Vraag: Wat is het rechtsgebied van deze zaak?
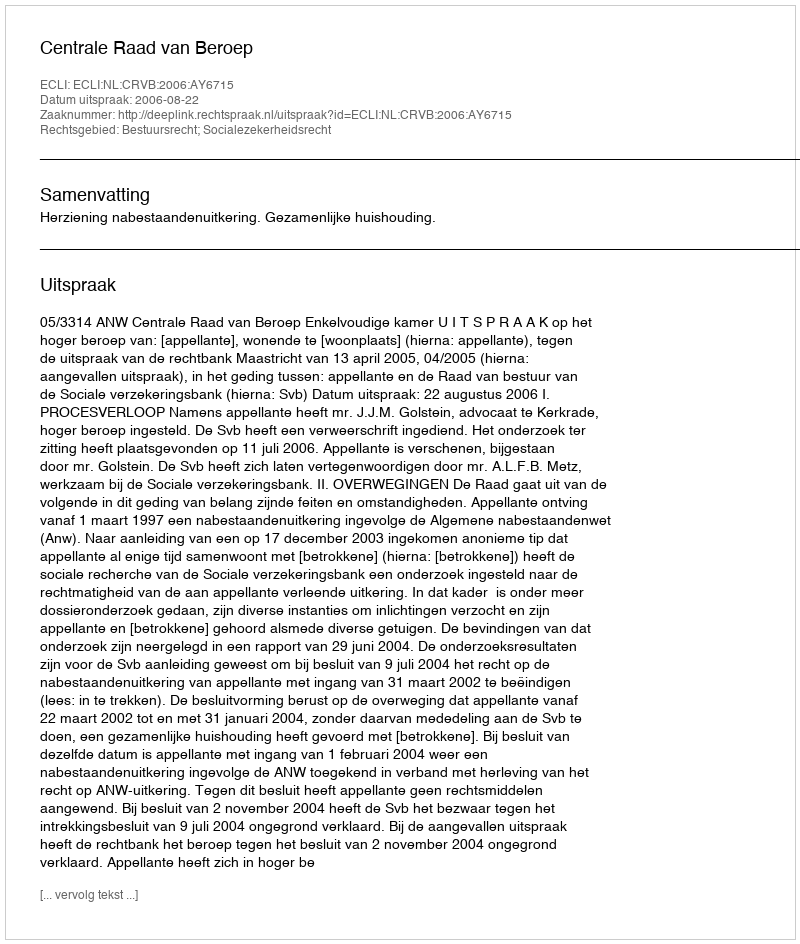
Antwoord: Bestuursrecht; Socialezekerheidsrecht